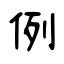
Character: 例